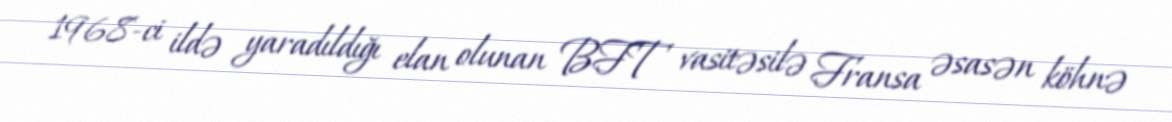
1968-ci ildə yaradıldığı elan olunan BFT vasitəsilə Fransa əsasən köhnə